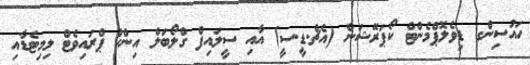
ހައުސިންގ ޑިވެލޮޕްމެންޓް ކޯޕަރޭޝަން (އެޗް.ޑީ.ސީ) އާއި ސީލައިފް ގްލޯބަލް އިންކް ޕްރައިވެޓް ލިމިޓެޑާއި